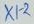
Text: X1-2